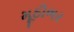
મૂઠીભર